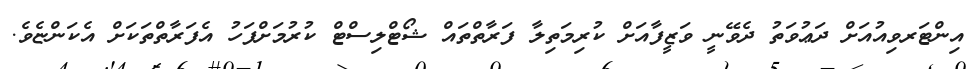
އިންޓަރވިއުއަށް ދަޢުވަތު ދެވޭނީ ވަޒީފާއަށް ކުރިމަތިލާ ފަރާތްތައް ޝޯޓްލިސްޓް ކުރުމަށްފަހު އެފަރާތްތަކަށް އެކަންޏެވެ.